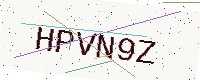
Text: HPVN9Z